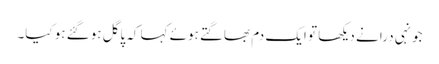
جونہی درا نے دیکھا تو ایک دم بھاگتے ہوئے کہا کہ پاگل ہوگئے ہو کیا۔